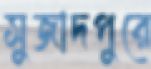
সুজাদপুরে